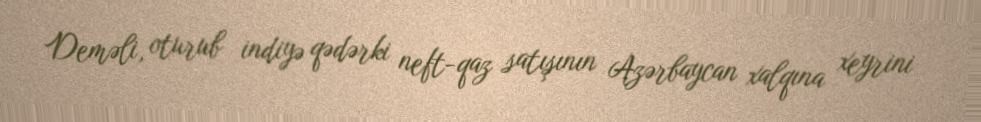
Deməli, oturub indiyə qədərki neft-qaz satışının Azərbaycan xalqına xeyrini